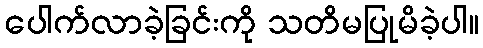
ပေါက်လာခဲ့ခြင်းကို သတိမပြုမိခဲ့ပါ။